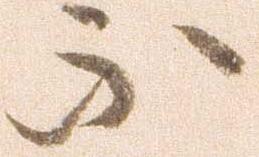
不